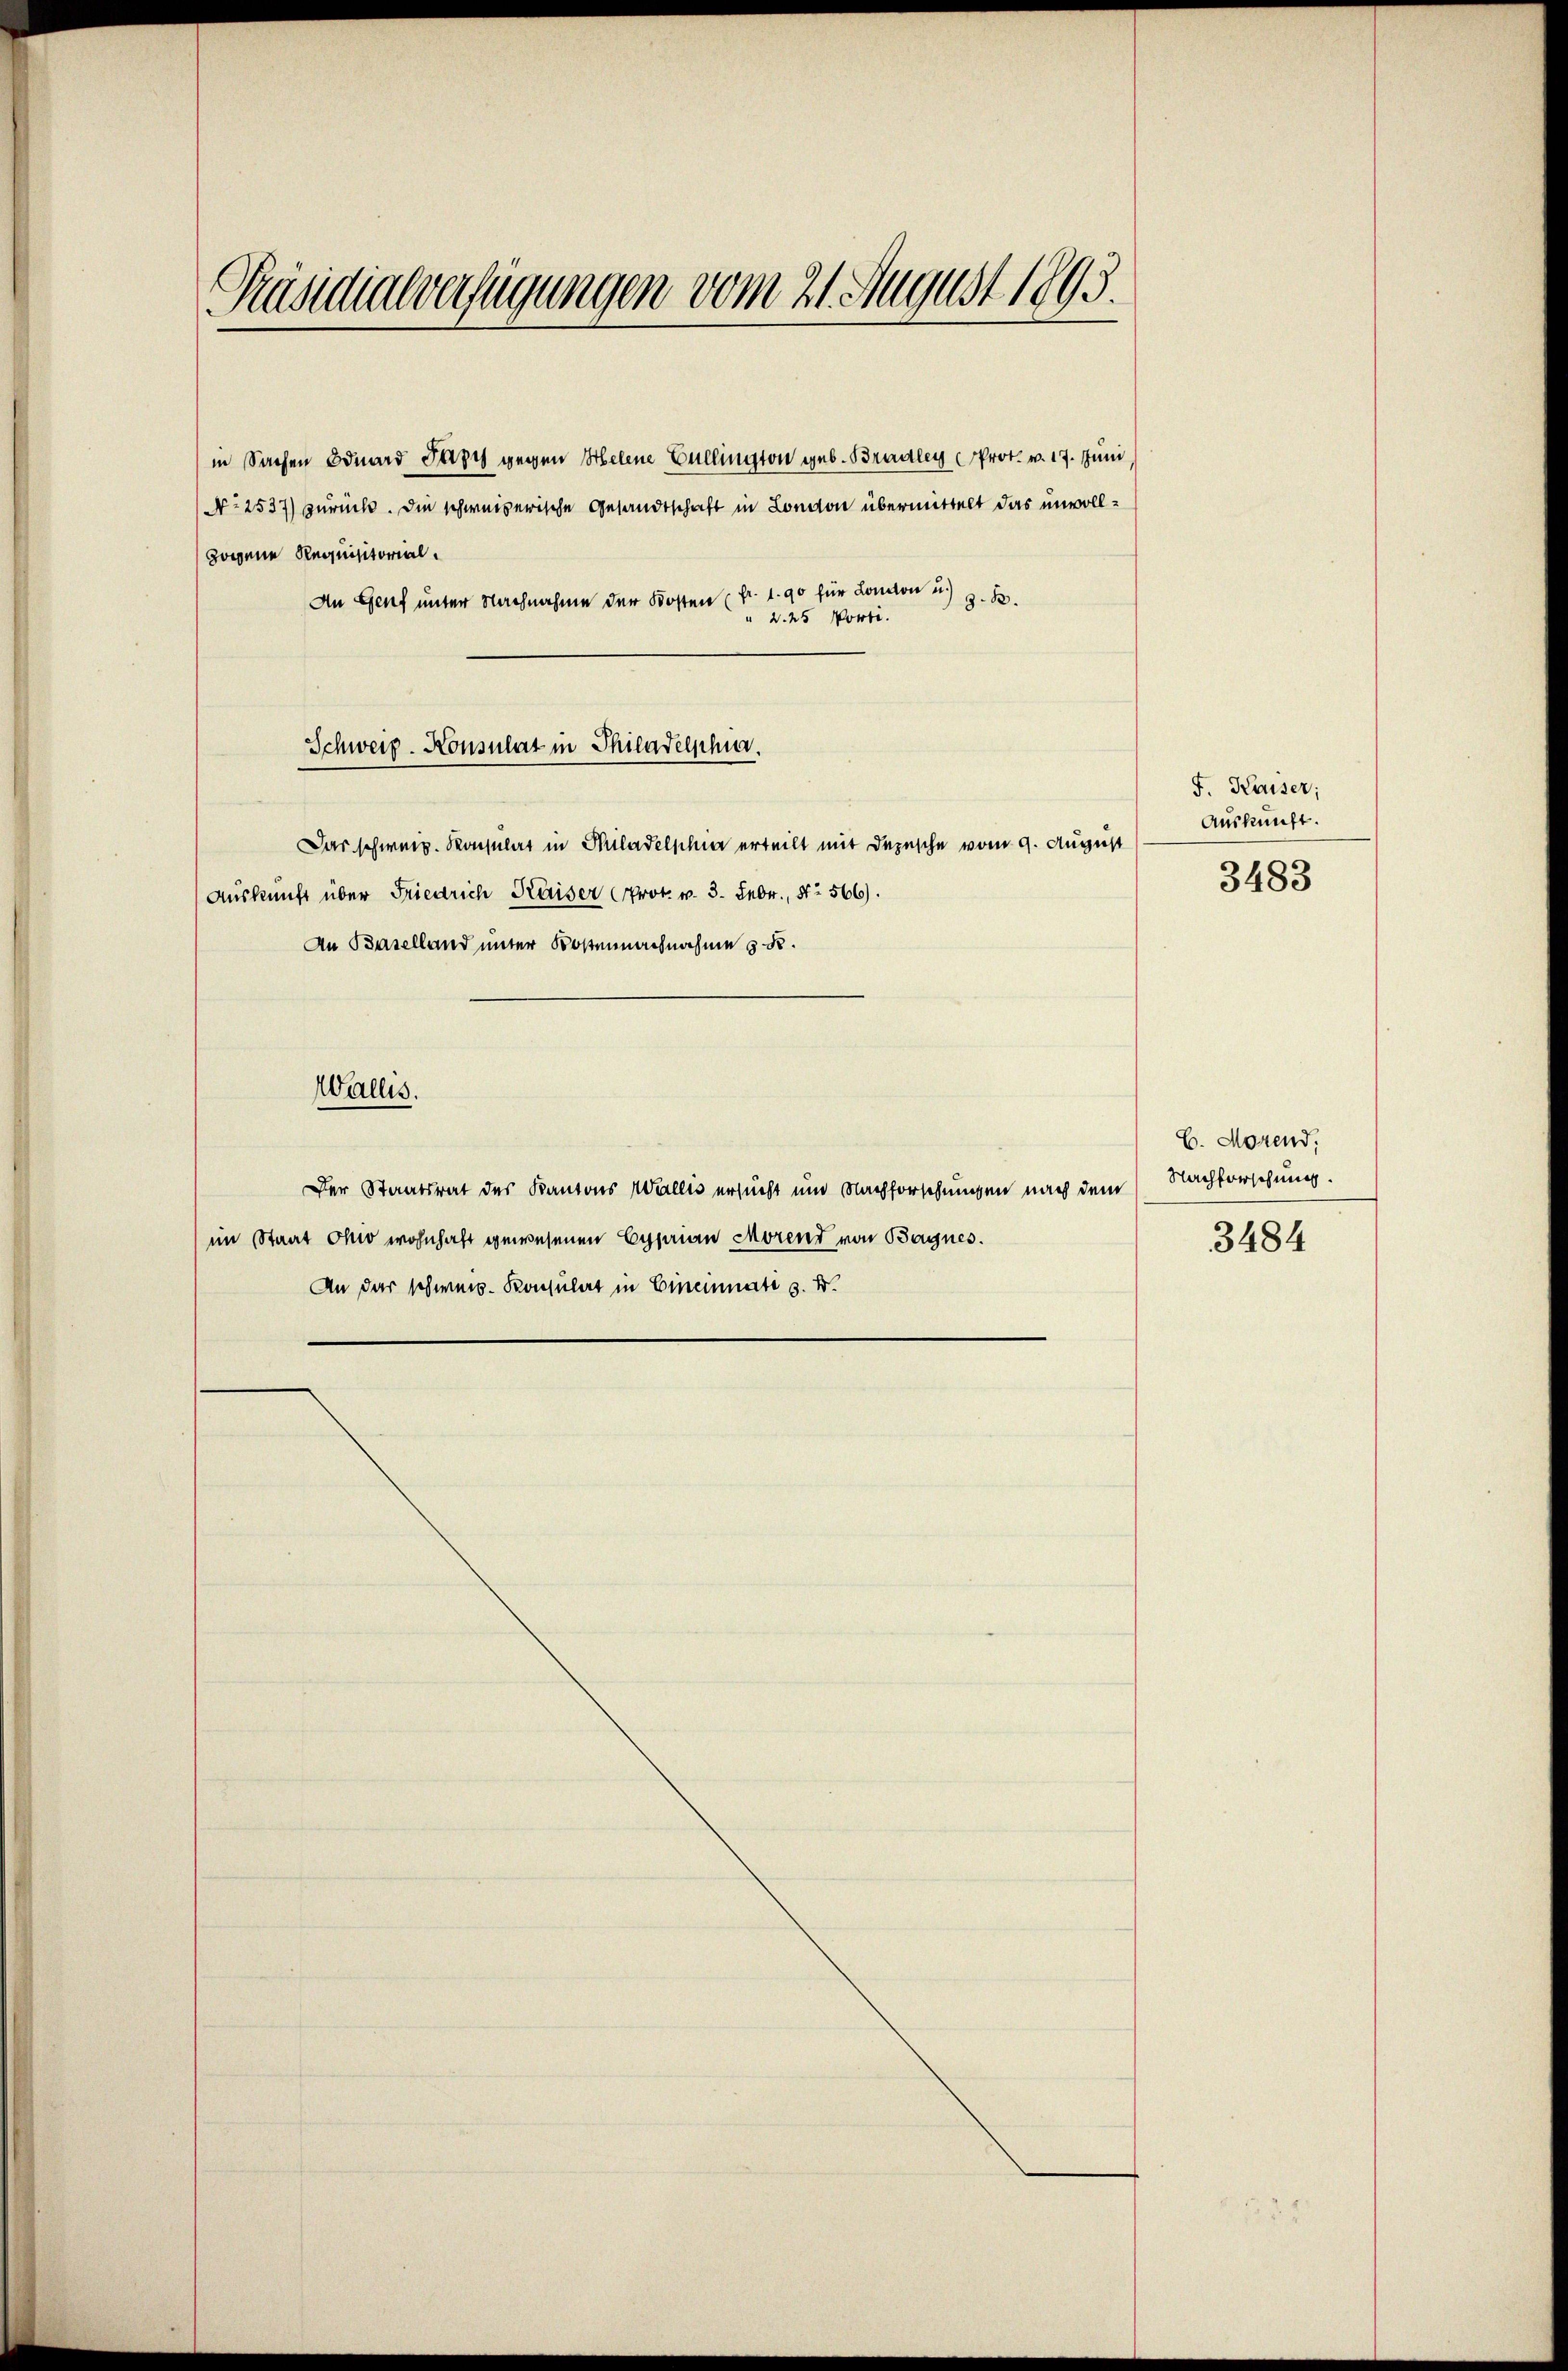
Präsidialverfügungen vom 21. August 1893.

zogene Requisitorial.
An Genf unter Nachnahme der Kosten fr. 1. 90 für London u. z. B.
“ 2. 25 Porti.

Schweiz. Konsulat in Philadelphia.

Das schweiz. Konsulat in Philadelschin erteilt mit Depesche vom 9. August
Auskunft über Friedrich Kaiser Prok. v. 3. Febr., § 566).
An Baselland unter Kostennachnahme § 58.
Wallis.
Der Staatsrat des Kantons Wallis ersucht und Nachforschungen nach dem Nachforschung.
im Staat Ohio wohnhaft gewesenen Cyprian Morend von Bagnes.
An der schweiz. Konsulat in Eineinnati s. B.

in Sachen Eduard Papy gegen Helene Cullington geb. Bradley (Prot. v. 17. Juni
No 2537) zurück. Die schweizerische Gesandtschaft in London übermittelt das unvoll¬

F. Kaiser;
Auskunft.
3483

C. Morend.
3484